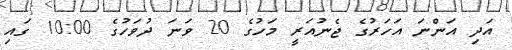
އަދި އަންނަ އަހަރުގެ ޖެނުއަރީ މަހުގެ 20 ވަނަ ދުވަހުގެ 10:00 ގައި